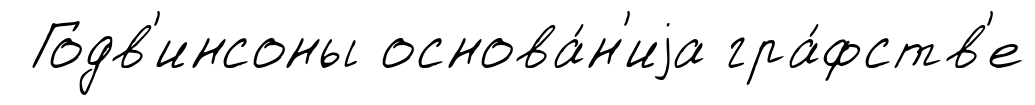
Годв'инсоны основа́н'иjа гра́фств'е